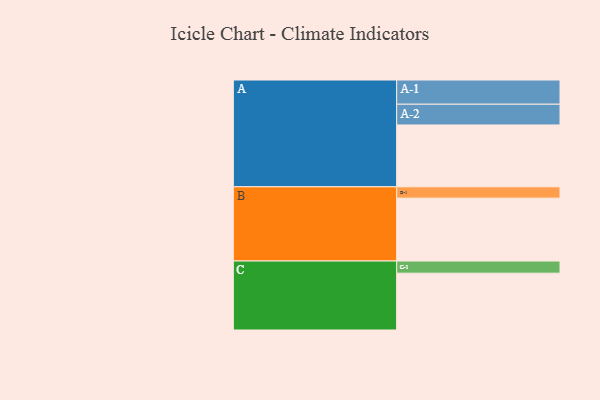
{"axis": {"x": "Segment", "y": "Value"}, "legend": ["", "A", "B", "C"], "data": [{"x": "A", "y": 590, "type": ""}, {"x": "B", "y": 600, "type": ""}, {"x": "C", "y": 542, "type": ""}, {"x": "A-1", "y": 231, "type": "A"}, {"x": "A-2", "y": 198, "type": "A"}, {"x": "B-1", "y": 108, "type": "B"}, {"x": "C-1", "y": 116, "type": "C"}]}